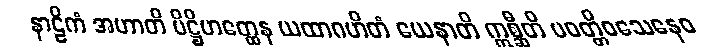
နာဠိကံ အဟာတိ ပိဋ္ဌိဟတ္ထေန ယထာဂဟိတံ ယေနာတိ ဣစ္ဆီတိ ပဝတ္တိဝသေနေဝ